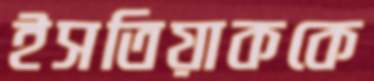
ইসতিয়াককে